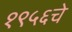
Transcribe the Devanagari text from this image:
१९५६चे